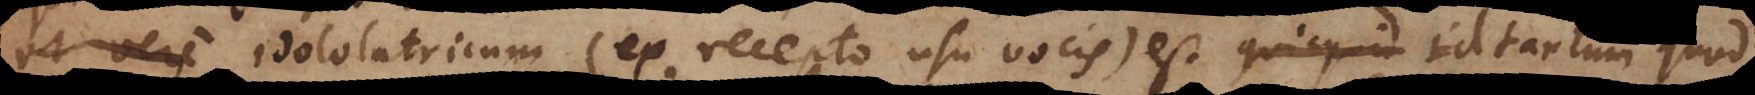
e enim idololatricum (ex recepto usu vocis) est id tantum quod